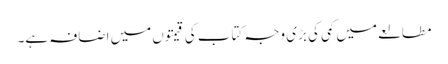
مطالعے میں کمی کی بڑی وجہ کتاب کی قیمتوں میں اضافہ ہے۔